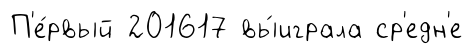
П'е́рвый 201617 вы́играла ср'едн'е